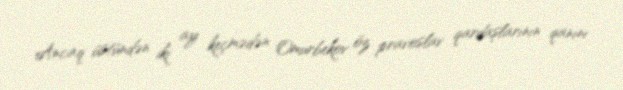
Ancaq üstündən iki ay keçmədən Omurbekov öz pravoslav qardaşlarının qanını